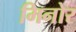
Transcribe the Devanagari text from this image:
मिनोर